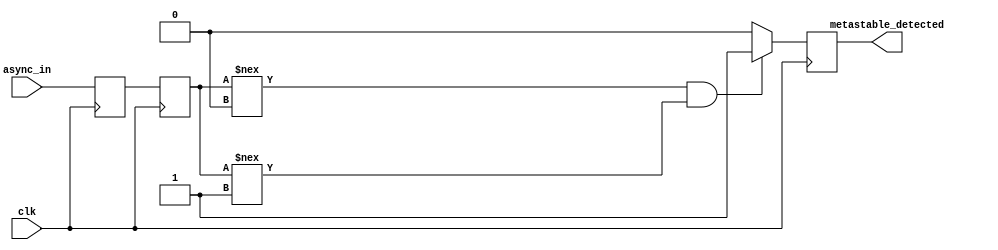
module TwoFF_Metastability_Detector (
    input wire clk,             // Clock signal
    input wire async_in,       // Asynchronous input signal
    output reg metastable_detected // Output signal for metastability detection
);

// Internal signals
reg ff1, ff2;

// Flip-Flop 1: Samples the asynchronous input signal
always @(posedge clk) begin
    ff1 <= async_in; // Capture the async signal
end

// Flip-Flop 2: Samples the output of FF1
always @(posedge clk) begin
    ff2 <= ff1; // Capture the output of FF1
end

// Metastability detection logic
always @(posedge clk) begin
    if (ff2 !== 1'b0 && ff2 !== 1'b1) begin
        metastable_detected <= 1'b1; // Metastability detected
    end else begin
        metastable_detected <= 1'b0; // Reset detection signal
    end
end

endmodule